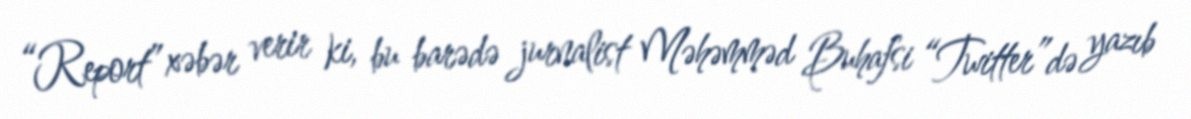
“Report” xəbər verir ki, bu barədə jurnalist Məhəmməd Buhafsi “Twitter”də yazıb